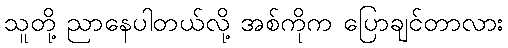
သူတို့ ညာနေပါတယ်လို့ အစ်ကိုက ပြောချင်တာလား